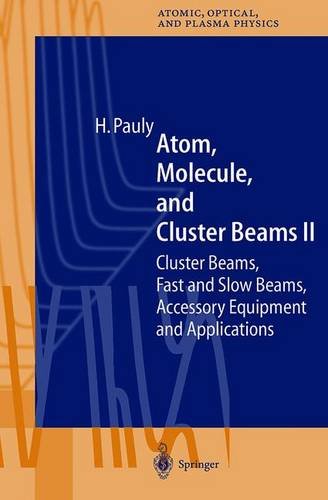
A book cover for Atom, Molecule, and Cluster Beams II: Cluster Beams, Fast and Slow Beams, Accessory Equipment, and Applications; Hans Pauly; Science & Math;